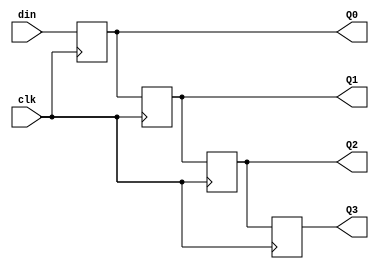
module block4(Q0,Q1,Q2,Q3,din,clk);
output Q0,Q1,Q2,Q3;
input clk,din;
reg Q0,Q1,Q2,Q3;

always @(posedge clk)
  	begin
    	Q3<=Q2;
	Q1<=Q0;
	Q2<=Q1;
	Q0<=din;
  	end
endmodule